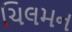
ચિલમન